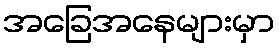
အခြေအနေများမှာ